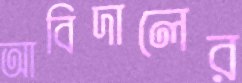
আবিদালের